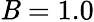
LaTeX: \mathit{B}=1.0